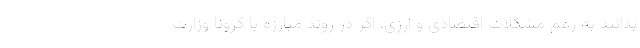
بدانند به رغم مشکلات اقتصادی و ارزی، اگر در روند مبارزه با کرونا وزارت